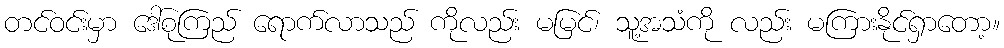
တင်ဝင်းမှာ ဒေါ်စုကြည် ရောက်လာသည် ကိုလည်း မမြင်၊ သူ့အသံကို လည်း မကြားနိုင်ရှာတော့။